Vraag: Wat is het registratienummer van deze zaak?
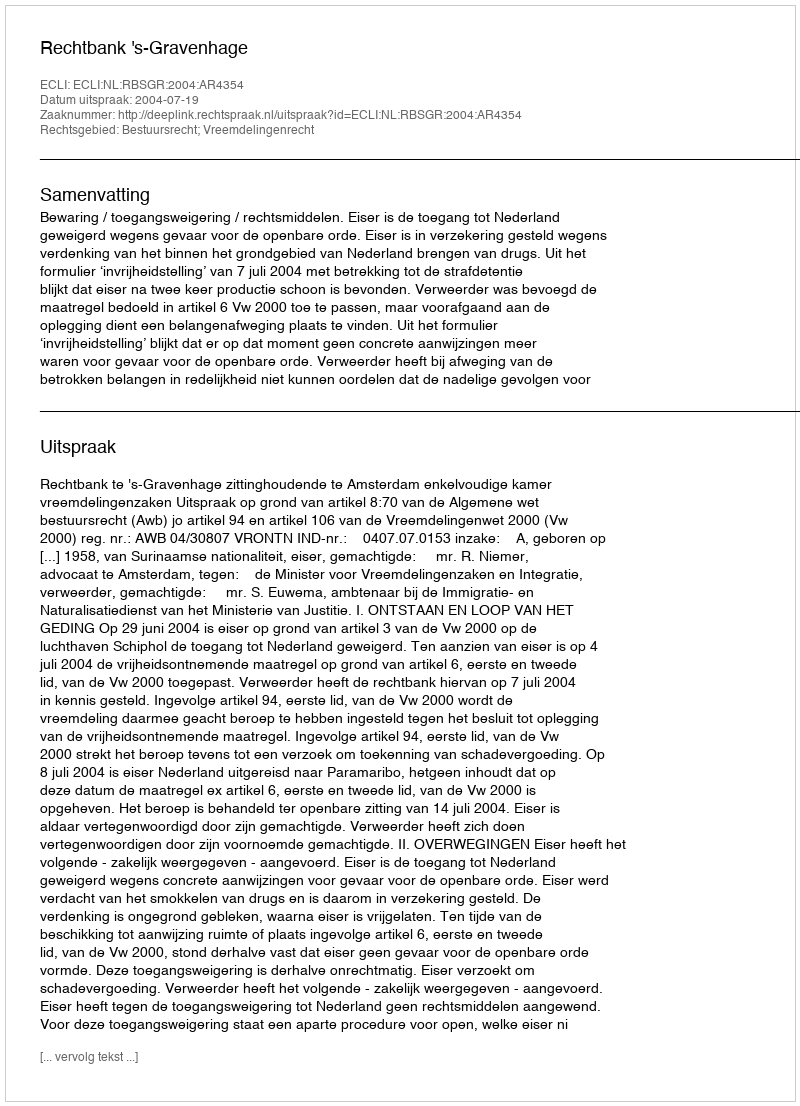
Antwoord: http://deeplink.rechtspraak.nl/uitspraak?id=ECLI:NL:RBSGR:2004:AR4354